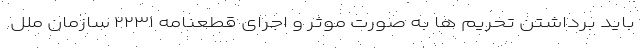
باید برداشتن تحریم ها به صورت موثر و اجرای قطعنامه ۲۲۳۱ سازمان ملل